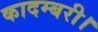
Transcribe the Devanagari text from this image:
कादम्बरी।